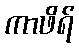
ကာဖိရ်